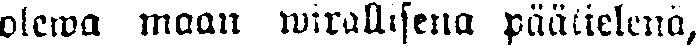
olewa maan wirallisena pääkielenä,